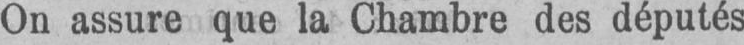
On assure que la Chambre des députés